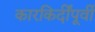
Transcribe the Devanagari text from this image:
कारकिर्दींपूर्वी